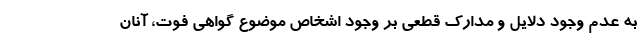
به عدم وجود دلایل و مدارک قطعی بر وجود اشخاص موضوع گواهی فوت، آنان